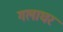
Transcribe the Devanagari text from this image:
गलाघर